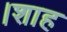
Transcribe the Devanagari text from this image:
।शाह